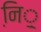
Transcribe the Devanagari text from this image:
नि़़॒